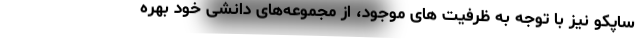
ساپکو نیز با توجه به ظرفیت های موجود، از مجموعه‌های دانشی خود بهره